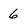
Character: 6